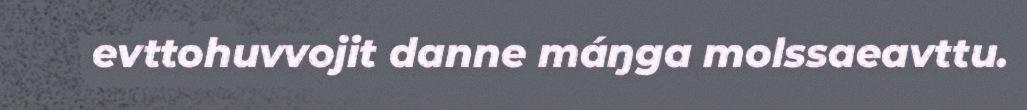
evttohuvvojit danne máŋga molssaeavttu.